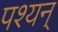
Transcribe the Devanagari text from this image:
पश्यन्‌